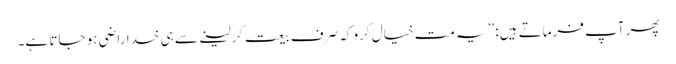
پھر آپ فرماتے ہیں: ’’یہ مت خیال کرو کہ صرف بیعت کر لینے سے ہی خدا راضی ہو جاتا ہے۔